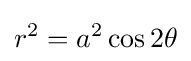
r^{2}=a^{2}\cos {2\theta }